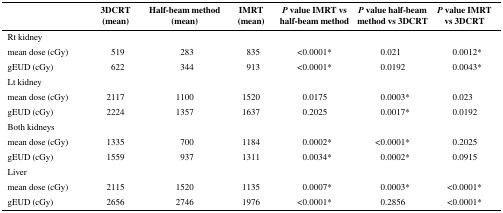
<table><thead><tr><td>[EMPTY_CELL]</td><td><b>3DCRT (mean)</b></td><td><b>Half-beam method (mean)</b></td><td><b>IMRT (mean)</b></td><td><b><i>P</i> value IMRT vs half-beam method</b></td><td><b><i>P</i> value half-beam method vs 3DCRT</b></td><td><b><i>P</i> value IMRT vs 3DCRT</b></td></tr></thead><tbody><tr><td>Rt kidney</td><td>[EMPTY_CELL]</td><td>[EMPTY_CELL]</td><td>[EMPTY_CELL]</td><td>[EMPTY_CELL]</td><td>[EMPTY_CELL]</td><td>[EMPTY_CELL]</td></tr><tr><td>mean dose (cGy)</td><td>519</td><td>283</td><td>835</td><td>&lt;0.0001*</td><td>0.021</td><td>0.0012*</td></tr><tr><td>gEUD (cGy)</td><td>622</td><td>344</td><td>913</td><td>&lt;0.0001*</td><td>0.0192</td><td>0.0043*</td></tr><tr><td>Lt kidney</td><td>[EMPTY_CELL]</td><td>[EMPTY_CELL]</td><td>[EMPTY_CELL]</td><td>[EMPTY_CELL]</td><td>[EMPTY_CELL]</td><td>[EMPTY_CELL]</td></tr><tr><td>mean dose (cGy)</td><td>2117</td><td>1100</td><td>1520</td><td>0.0175</td><td>0.0003*</td><td>0.023</td></tr><tr><td>gEUD (cGy)</td><td>2224</td><td>1357</td><td>1637</td><td>0.2025</td><td>0.0017*</td><td>0.0192</td></tr><tr><td>Both kidneys</td><td>[EMPTY_CELL]</td><td>[EMPTY_CELL]</td><td>[EMPTY_CELL]</td><td>[EMPTY_CELL]</td><td>[EMPTY_CELL]</td><td>[EMPTY_CELL]</td></tr><tr><td>mean dose (cGy)</td><td>1335</td><td>700</td><td>1184</td><td>0.0002*</td><td>&lt;0.0001*</td><td>0.2025</td></tr><tr><td>gEUD (cGy)</td><td>1559</td><td>937</td><td>1311</td><td>0.0034*</td><td>0.0002*</td><td>0.0915</td></tr><tr><td>Liver</td><td>[EMPTY_CELL]</td><td>[EMPTY_CELL]</td><td>[EMPTY_CELL]</td><td>[EMPTY_CELL]</td><td>[EMPTY_CELL]</td><td>[EMPTY_CELL]</td></tr><tr><td>mean dose (cGy)</td><td>2115</td><td>1520</td><td>1135</td><td>0.0007*</td><td>0.0003*</td><td>&lt;0.0001*</td></tr><tr><td>gEUD (cGy)</td><td>2656</td><td>2746</td><td>1976</td><td>&lt;0.0001*</td><td>0.2856</td><td>&lt;0.0001*</td></tr></tbody></table>